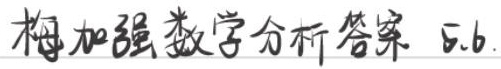
梅加强数学分析答案 5.6.